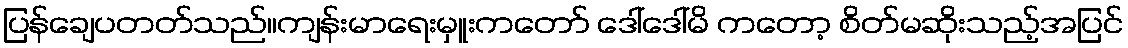
ပြန်ချေပတတ်သည်။ကျန်းမာရေးမှူးကတော် ဒေါ်ဒေါ်မိ ကတော့ စိတ်မဆိုးသည့်အပြင်